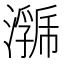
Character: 𭳄